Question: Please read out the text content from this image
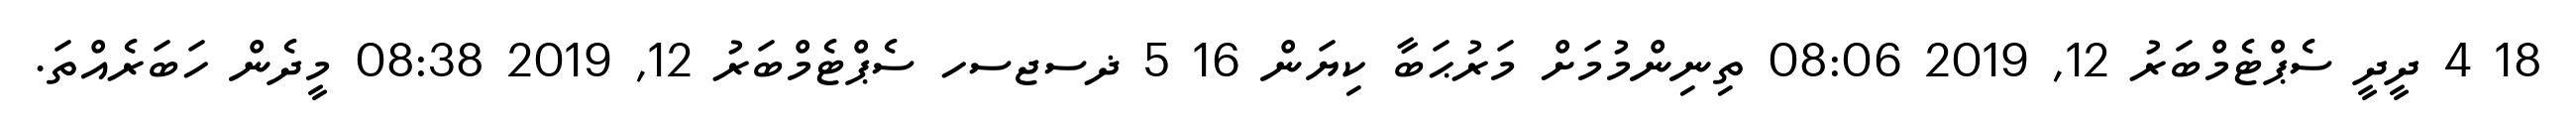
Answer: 18 4 ދީދީ ސެޕްޓެމްބަރު 12, 2019 08:06 ތިނިންމުމަށް މަރުޙަބާ ކިޔަން 16 5 ޛސޖސހ ސެޕްޓެމްބަރު 12, 2019 08:38 މީދެން ހަބަރެއްތަ.